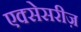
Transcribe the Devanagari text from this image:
एक्सेसरीज़